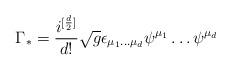
LaTeX: \begin{align*}\Gamma_* = \frac{i^{[\frac{d}{2}]}}{d!}\sqrt{g}\epsilon_{\mu_1 \dots \mu_d} \psi^{\mu_1} \dots \psi^{\mu_d}\end{align*}